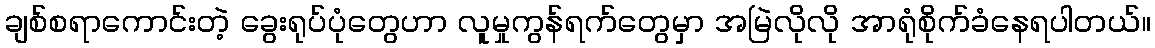
ချစ်စရာကောင်းတဲ့ ခွေးရုပ်ပုံတွေဟာ လူမှုကွန်ရက်တွေမှာ အမြဲလိုလို အာရုံစိုက်ခံနေရပါတယ်။